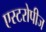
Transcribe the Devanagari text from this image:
एस्टरोपीज